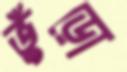
ভুঁড়ো